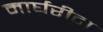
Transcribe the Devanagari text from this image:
मार्घरीटा